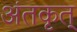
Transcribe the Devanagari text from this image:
अंतकृत्